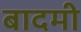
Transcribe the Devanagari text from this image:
बादमी